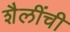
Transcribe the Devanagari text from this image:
शैलींची